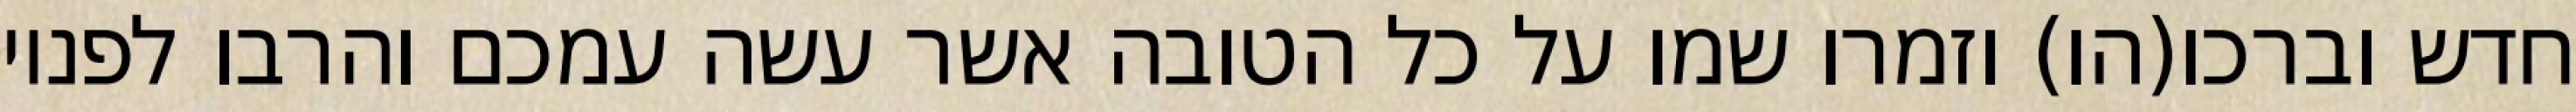
חדש וברכו(הו) וזמרו שמו על כל הטובה אשר עשה עמכם והרבו לפניו